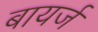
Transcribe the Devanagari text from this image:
बायर्ज